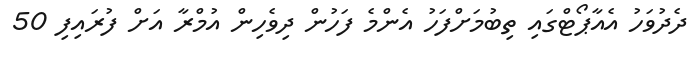
ދެދުވަހު އެއާޕޯޓްގައި ތިބުމަށްފަހު އެންމެ ފަހުން ދިވެހިން އުމްރާ އަށް ފުރައިފި 50